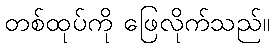
တစ်ထုပ်ကို ဖြေလိုက်သည်။